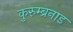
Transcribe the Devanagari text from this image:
कुरुम्ब्रनाड